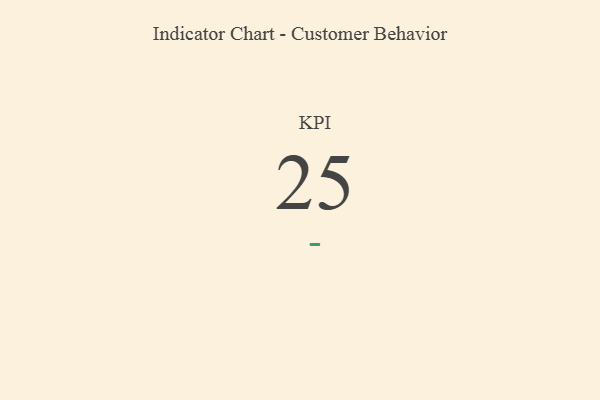
{"axis": {"x": "KPI", "y": "Value"}, "legend": [""], "data": [{"x": "KPI", "y": 25, "type": ""}]}